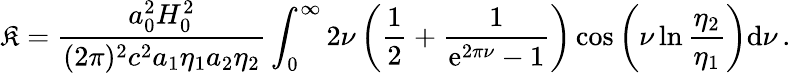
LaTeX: \mathfrak{K}=\frac{{a_{0}^{2}H_{0}^{2}}}{{(2\pi)^{2}c^{2}a_{1}\eta_{1}a_{2}\eta_{2}}}\int_{0}^{\infty}2\nu\left(\frac{{1}}{{2}}+\frac{{1}}{{\mathrm{{e}}^{2\pi\nu}-1}}\right)\cos\left(\nu\ln\frac{{\eta_{2}}}{{\eta_{1}}}\right)\mathrm{{d}}\nu\, .